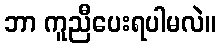
ဘာ ကူညီပေးရပါမလဲ။